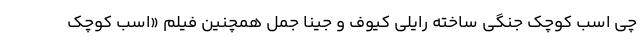
چی اسب کوچک جنگی ساخته رایلی کیوف و جینا جَمِل همچنین فیلم «اسب کوچک